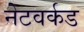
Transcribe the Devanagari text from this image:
नेटवर्कड